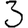
Digit: 3